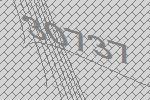
30737